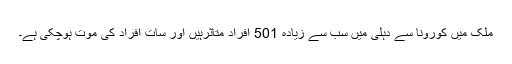
ملک میں کورونا سے دہلی میں سب سے زیادہ 501 افراد متاثرہیں اور سات افراد کی موت ہوچکی ہے۔